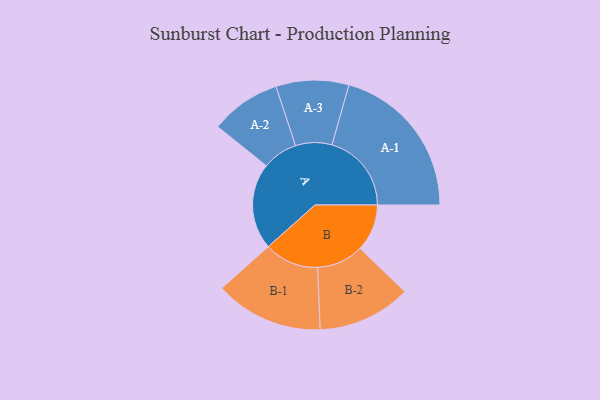
{"axis": {"x": "Segment", "y": "Value"}, "legend": ["", "A", "B"], "data": [{"x": "A", "y": 308, "type": ""}, {"x": "B", "y": 168, "type": ""}, {"x": "A-1", "y": 284, "type": "A"}, {"x": "A-2", "y": 126, "type": "A"}, {"x": "A-3", "y": 130, "type": "A"}, {"x": "B-1", "y": 194, "type": "B"}, {"x": "B-2", "y": 167, "type": "B"}]}